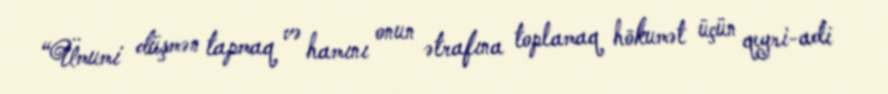
“Ümumi düşmən tapmaq və hamını onun ətrafına toplamaq hökumət üçün qeyri-adi